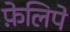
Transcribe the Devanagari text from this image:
फ़ेलिपे